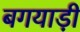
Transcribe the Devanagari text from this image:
बगयाड़ी